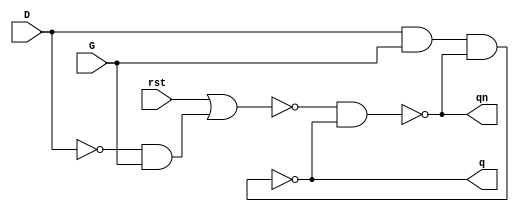
module latch(q, qn,G,D,rst);
output wire q,qn;
input G,D,rst;
wire dn,d1,dn1;
wire [5:0]wires;

not not0(dn,D);
nand nand0(wires[0],D,G);
not not1(wires[2],wires[0]);
nand nand1(q,wires[2],qn);

nand nand2(wires[1],dn,G);
not not2(wires[3],wires[1]);
nor nor0(wires[4],rst,wires[3]);
nand nand3(qn,wires[4],q);

endmodule